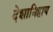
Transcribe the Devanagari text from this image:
देशानिहाय